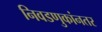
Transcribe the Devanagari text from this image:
निवडणुकांनतर